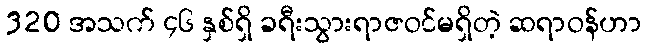
320 အသက် ၄၆ နှစ်ရှိ ခရီးသွားရာဇဝင်မရှိတဲ့ ဆရာဝန်ဟာ